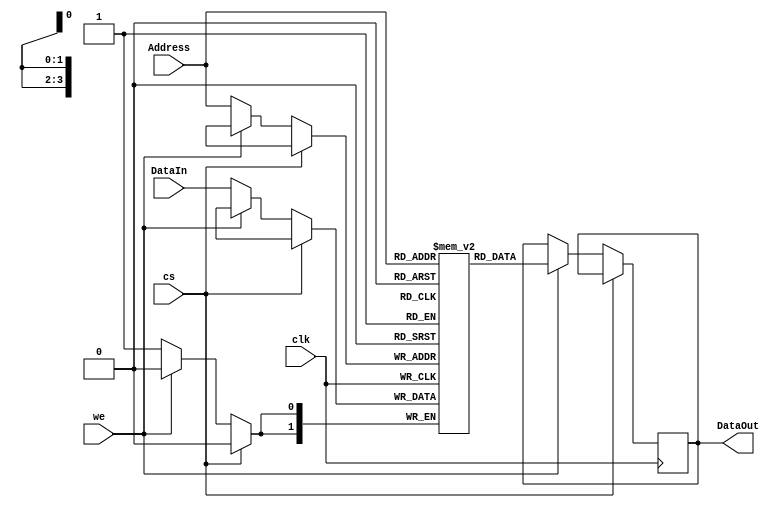
module SYNSRAM #(
	parameter ADDR_WIDTH=4,
	parameter DATA_WIDTH=2,
	parameter DATA_DEPTH=16
)(
	input clk,
	input cs,
	input we,
	input [DATA_WIDTH-1:0] DataIn,
	input [ADDR_WIDTH-1:0] Address,
	
	output reg [DATA_WIDTH-1:0] DataOut
);

reg [DATA_WIDTH-1:0] memory [DATA_DEPTH-1:0]; //2*16 sram array
//(f) sa1 to bit2 of word5

	always @(posedge clk) 
	begin
		if (!cs) begin //cs=0 we=0 write cs=0 we=1 read
			if (we) 
			begin
				DataOut <= memory[Address];  // Read operation
			end 
			else 
			begin
				memory[Address] <= DataIn;				// Write operation
				//memory[5]<=2'b10;
			end
		end
	end

endmodule